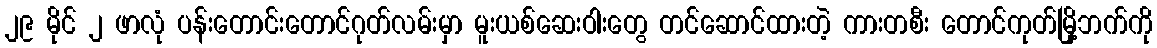
၂၉ မိုင် ၂ ဖာလုံ ပန်းတောင်းတောင်ဂုတ်လမ်းမှာ မူးယစ်ဆေးဝါးတွေ တင်ဆောင်ထားတဲ့ ကားတစီး တောင်ကုတ်မြို့ဘက်ကို